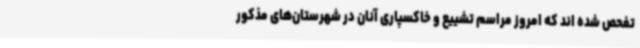
تفحص شده اند که امروز مراسم تشییع و خاکسپاری آنان در شهرستان‌های مذکور